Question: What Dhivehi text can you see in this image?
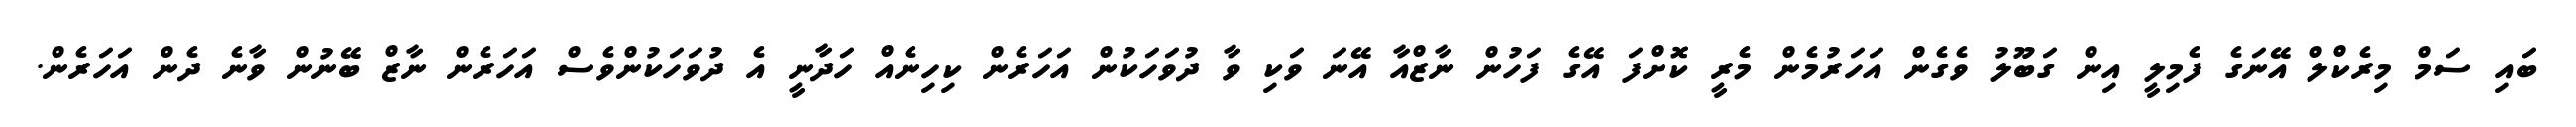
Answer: ބައި ސަމް މިރެކްލް އޭނަގެ ފެމިލީ އިން ގަބޫލު ވެގެން އަހަރުމެން މެރީ ކޮށްފަ އޭގެ ފަހުން ނާޒްއާ އޭނަ ވަކި ވާ ދުވަހަކުން އަހަރެން ކިހިނެއް ހަދާނީ އެ ދުވަހަކުންވެސް އަހަރެން ނާޒް ބޭނުން ވާނެ ދެން އަހަރެން.